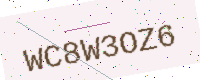
Text: WC8W3OZ6